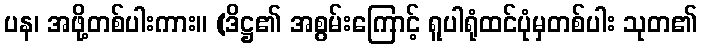
ပန၊ အဖို့တစ်ပါးကား။ (ဒိဋ္ဌ၏ အစွမ်းကြောင့် ရူပါရုံထင်ပုံမှတစ်ပါး သုတ၏